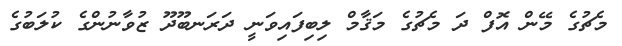
މެޗުގެ މޭން އޮފް ދަ މެޗުގެ މަޤާމް ލިބިފައިވަނީ ދަރަނބޫދޫ ޒުވާނުންގެ ކުލަބުގެ